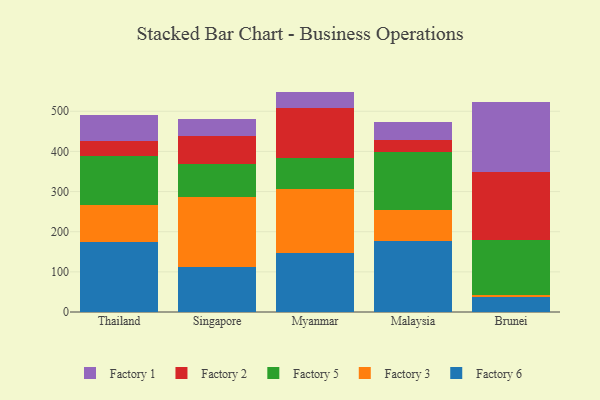
{"axis": {"x": "Country", "y": "Production Output"}, "legend": ["Factory 1", "Factory 2", "Factory 3", "Factory 5", "Factory 6"], "data": [{"x": "Thailand", "y": 175.0, "type": "Factory 6"}, {"x": "Thailand", "y": 91.9, "type": "Factory 3"}, {"x": "Thailand", "y": 122.1, "type": "Factory 5"}, {"x": "Thailand", "y": 38.0, "type": "Factory 2"}, {"x": "Thailand", "y": 63.9, "type": "Factory 1"}, {"x": "Singapore", "y": 110.9, "type": "Factory 6"}, {"x": "Singapore", "y": 175.9, "type": "Factory 3"}, {"x": "Singapore", "y": 82.0, "type": "Factory 5"}, {"x": "Singapore", "y": 69.4, "type": "Factory 2"}, {"x": "Singapore", "y": 43.7, "type": "Factory 1"}, {"x": "Myanmar", "y": 146.9, "type": "Factory 6"}, {"x": "Myanmar", "y": 159.0, "type": "Factory 3"}, {"x": "Myanmar", "y": 78.4, "type": "Factory 5"}, {"x": "Myanmar", "y": 123.3, "type": "Factory 2"}, {"x": "Myanmar", "y": 41.4, "type": "Factory 1"}, {"x": "Malaysia", "y": 176.4, "type": "Factory 6"}, {"x": "Malaysia", "y": 78.9, "type": "Factory 3"}, {"x": "Malaysia", "y": 142.3, "type": "Factory 5"}, {"x": "Malaysia", "y": 31.9, "type": "Factory 2"}, {"x": "Malaysia", "y": 42.6, "type": "Factory 1"}, {"x": "Brunei", "y": 37.3, "type": "Factory 6"}, {"x": "Brunei", "y": 6.0, "type": "Factory 3"}, {"x": "Brunei", "y": 136.8, "type": "Factory 5"}, {"x": "Brunei", "y": 167.4, "type": "Factory 2"}, {"x": "Brunei", "y": 176.6, "type": "Factory 1"}]}